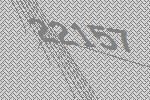
22157